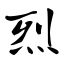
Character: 烈